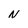
Character: N